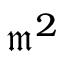
{ \mathfrak { m } } ^ { 2 }